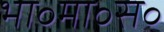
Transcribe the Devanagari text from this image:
भा॰मा॰स॰